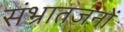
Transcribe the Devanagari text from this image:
संभ्रातजनों